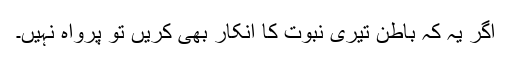
اگر یہ کہ باطن تیری نبوت کا انکار بھی کریں تو پرواہ نہیں۔